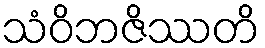
သံဝိဘဇိဿတိ